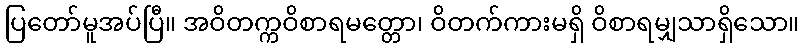
ပြတော်မူအပ်ပြီ။ အဝိတက္ကဝိစာရမတ္တော၊ ဝိတက်ကားမရှိ ဝိစာရမျှသာရှိသော။